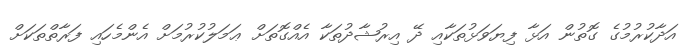
އަދާކުރުމުގެ ގޮތުން އަޅާ ފިޔަވަޅުތަކާއި ދޭ އިރުޝާދުތަކާ އެއްގޮތަށް ޢަމަލުކުރުމަށް އެންމެހައި ފަރާތްތަކަށް